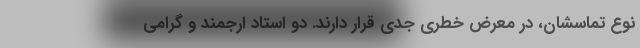
نوع تماسشان، در معرض خطری جدی قرار دارند. دو استاد ارجمند و گرامی